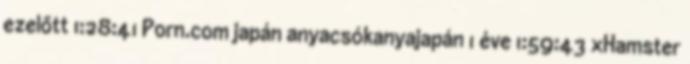
ezelőtt 1:28:41 Porn.com japán anyacsókanyajapán 1 éve 1:59:43 xHamster